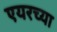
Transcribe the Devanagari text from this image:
एयरच्या